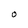
Character: O